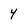
Character: 4